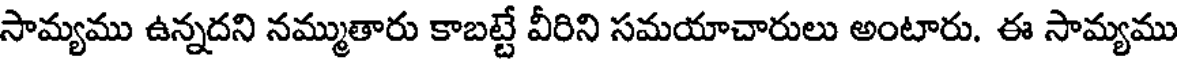
సామ్యము ఉన్నదని నమ్ముతారు కాబట్టే వీరిని సమయాచారులు అంటారు. ఈ సామ్యము